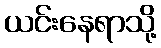
ယင်းနေရာသို့